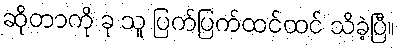
ဆိုတာကို ခု သူ ပြက်ပြက်ထင်ထင် သိခဲ့ပြီ။